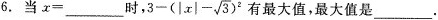
6.当x=___时， $$3- ( | x | - \sqrt { 3}